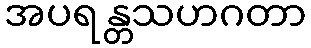
အပရန္တသဟဂတာ